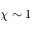
\chi \sim 1